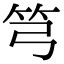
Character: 𥫤